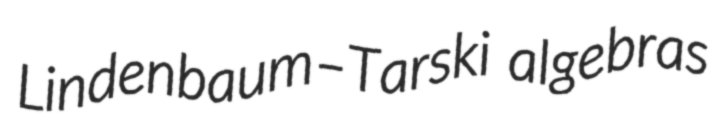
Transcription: Lindenbaum–Tarski algebras